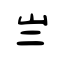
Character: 亗